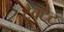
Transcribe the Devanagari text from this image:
ट्रैक्टेट